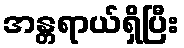
အန္တရာယ်ရှိပြီး